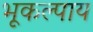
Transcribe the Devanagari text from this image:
भूकल्पाय